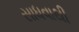
સાધવાથી